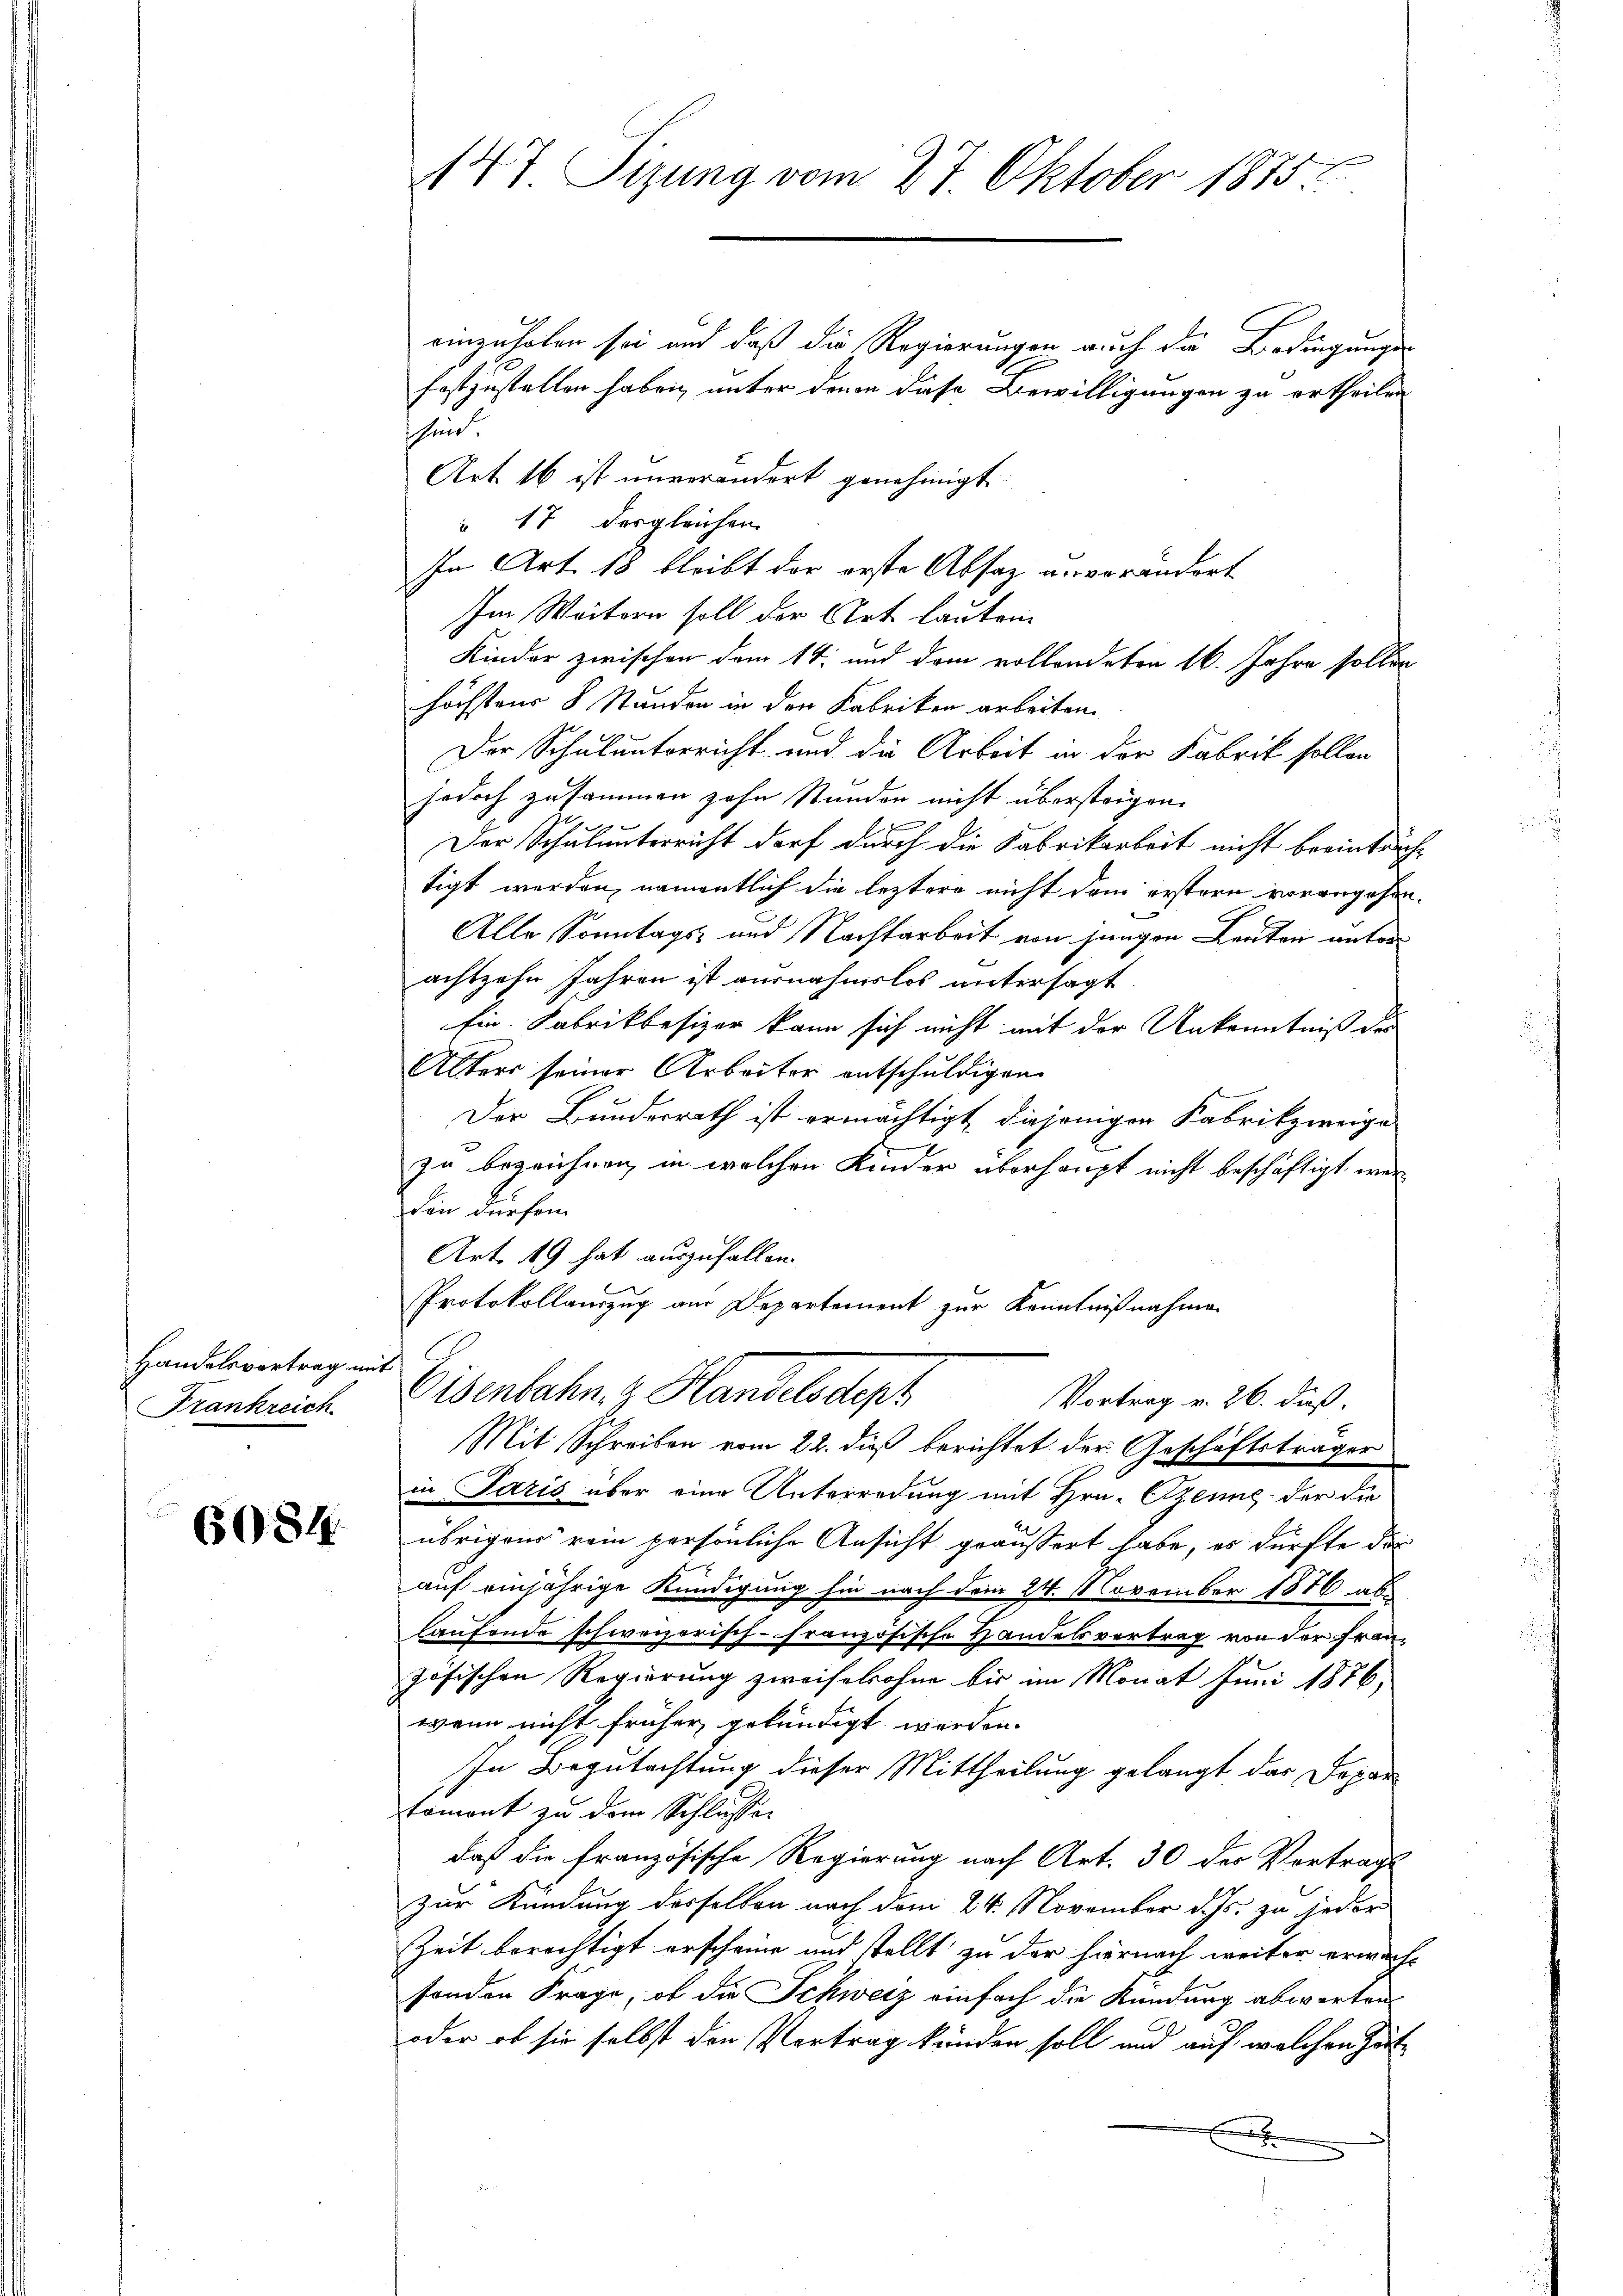
Handelsvortrag mit
Frankreich

6084.

einzuholen sei und daß die Regierungen auch die Bedingungen
festzustellen haben, unter denen diese Bewilligungen zu ertheilen
schind
" 17 dergleichen
Im Weitern soll der Art lauten
Kinder zwischen dem 14. und dem vollendeten 16. Jahre sollen
höchstens 8 Stunden in den Fabriken arbeiten.
Der Schulunterricht und die Arbeit in der Fabrik sollen
jedoch zusammen zehn Stunden nicht übersteigen.
Der Schulunterricht darf durch die Fabrikarbeit nicht bereinbrächtigt werden, namentlich die leztere nicht dem erstern vorangehen.
Alle Sonntags- und Nachtarbeit von jungen Leuten unterachtzehn Jahren ist ausnahmslos untersagt
Ein Fabrikbesizer kann sich nicht mit der Unkenntniß des
Alters seiner Arbeiter entschuldigen.
Der Bundesrath ist ermächtigt diejenigen Fabrikzirige
zu bezeichnen, in welchen Kinder überhaupt nicht beschäftigt werden dürfen.
Art. 49 hat auszufallen.
Protokollauszug am Departement zur Kenntnißnahme

147 Sizung vom 27. Oktober 1875.

Art 16 ist unverändert genehmigt.
In Art. 18 bleibt der erste Absatz anverändert

Osenbahn & Handelsdept
Vortrag v. 26. daß.

Mit Schreiben vom 22. dieß berichtet der Geschäftsträger
in Paris über eine Unterredung mit Hrn. Czenne der die
übrigens rein persönliche Ansicht geäussert habe, es dürfte die
auf einjährige Kündigung hin nach dem 24. November 1886 ablaufende schweizorisch-französische Handelsvertrag von der Französischen Regierung zweifelohne bis im Monat Juni 1876,
wenn nicht früher gekündigt werden.
In Begutachtung dieser Mittheilung gelangt das Departamont zu dem Schlusser
daß die französische Regierung nach Art. 30 des Vertrags
zur Kündung desselben nach dem 24. November d. Js. zu jeder
Zeit berechtigt erscheine und stellt zu der hiernach weiter erwachsonden Frage, ob die Schweiz einfach die Kündung abwarten
oder ob sie selbst den Vertrag kunden soll und auf welchen hätx